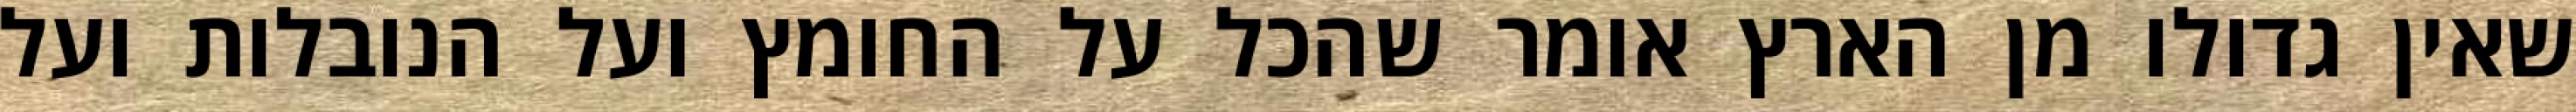
שאין גדולו מן הארץ אומר שהכל על החומץ ועל הנובלות ועל